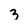
Character: 3